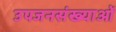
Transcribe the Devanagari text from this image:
उपजनसंख्याओं